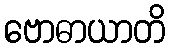
ဗောဓာယာတိ